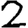
Digit: 2